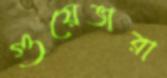
গুয়েভারা